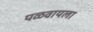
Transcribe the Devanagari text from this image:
पळवायला